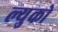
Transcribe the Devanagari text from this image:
ल्युको